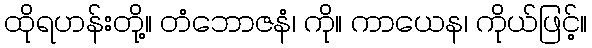
ထိုရဟန်းတို့။ တံဘောဇနံ၊ ကို။ ကာယေန၊ ကိုယ်ဖြင့်။